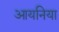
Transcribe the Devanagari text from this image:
आयनिया